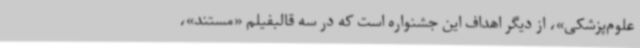
علوم‌پزشکی»، از دیگر اهداف این جشنواره است که در سه قالبفیلم «مستند»،